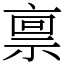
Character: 禀